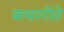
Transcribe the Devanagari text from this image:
कथागीते